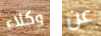
وكلاء عن